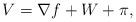
LaTeX: \begin{align*} V=\nabla f +W+\pi,\end{align*}